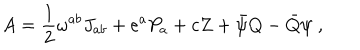
A = \frac { 1 } { 2 } \omega ^ { a b } J _ { a b } + e ^ { a } P _ { a } + c Z + \bar { \psi } Q - \bar { Q } \psi \; ,